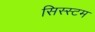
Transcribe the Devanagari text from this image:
सिस्स्टम